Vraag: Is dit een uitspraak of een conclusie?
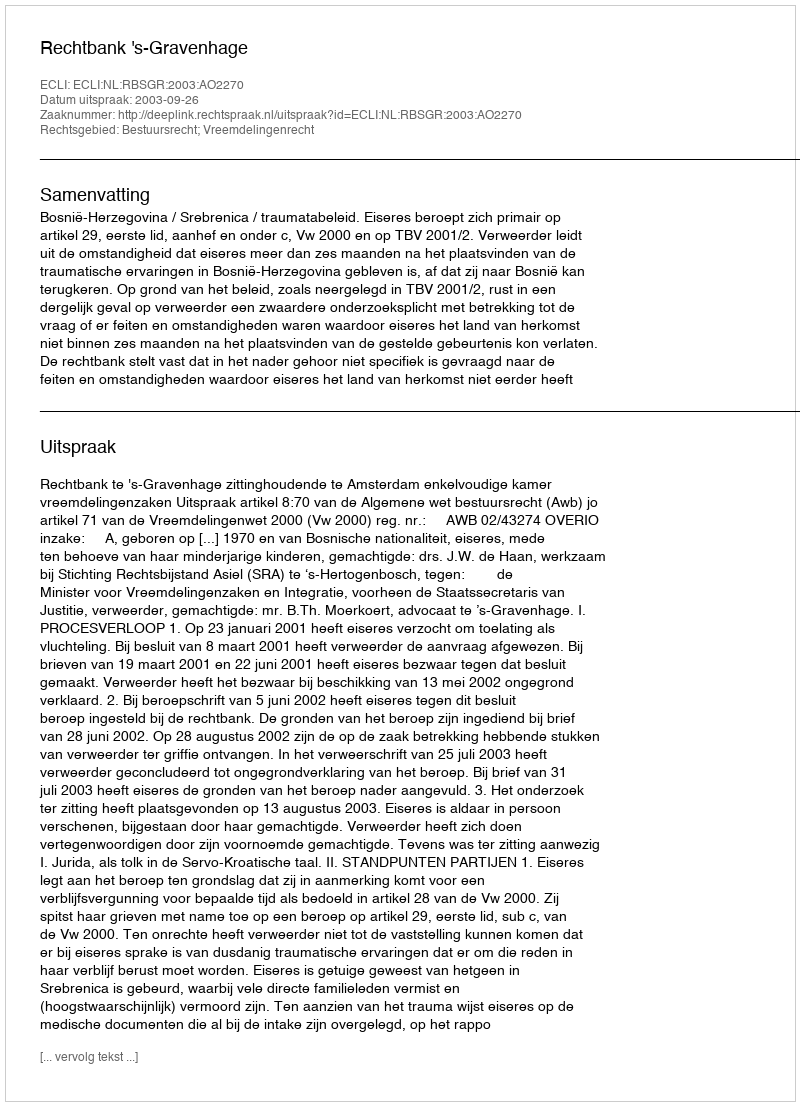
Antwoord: Uitspraak